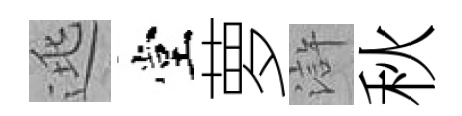
逃堂萝滸秋